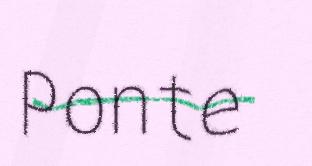
Ponte